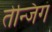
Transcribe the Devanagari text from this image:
तेन्जिगं